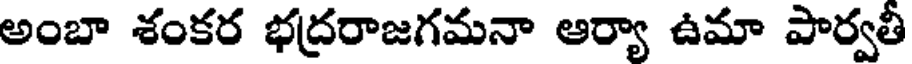
అంబా శంకర భద్రరాజగమనా ఆర్యా ఉమా పార్వతీ